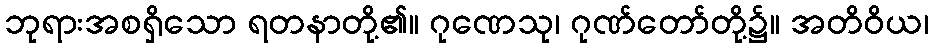
ဘုရားအစရှိသော ရတနာတို့၏။ ဂုဏေသု၊ ဂုဏ်တော်တို့၌။ အတိဝိယ၊